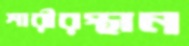
শারীরস্থান